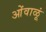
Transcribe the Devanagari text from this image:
ओंवाळूं